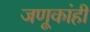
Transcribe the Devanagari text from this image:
जणूकांही